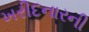
ખરીદનારની